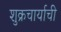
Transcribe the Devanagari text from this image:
शुक्रचार्याची